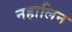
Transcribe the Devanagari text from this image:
नहालिन